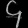
Digit: ၄